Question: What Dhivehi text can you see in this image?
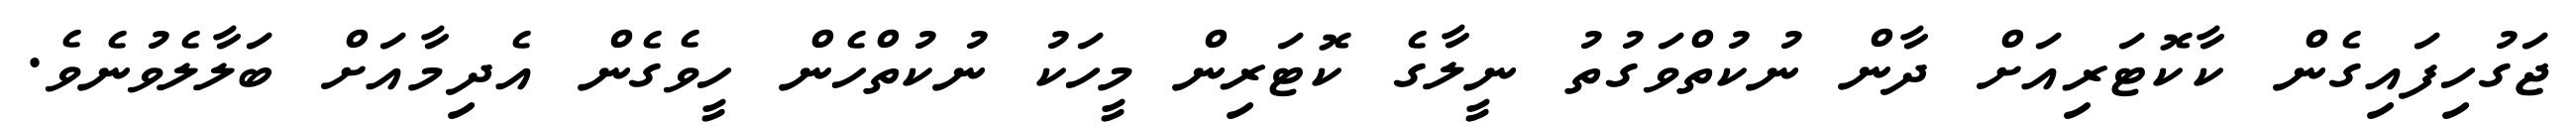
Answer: ޖަގުހިފައިގެން ކާކޮޓަރިއަށް ދާން ނުކުތްވަގުތު ނީލާގެ ކޮޓަރިން މީހަކު ނުކުތްހެން ހީވެގެން އެދިމާއަށް ބަލާލެވުނެވެ.